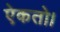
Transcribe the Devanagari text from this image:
ऐकतो।